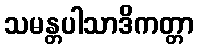
သမန္တပါသာဒိကတ္တာ